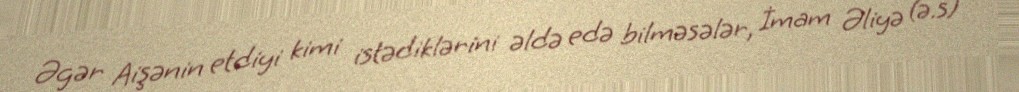
Əgər Aişənin etdiyi kimi istədiklərini əldə edə bilməsələr, İmam Əliyə (ə.s)